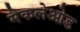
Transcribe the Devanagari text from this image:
मैकलेओड